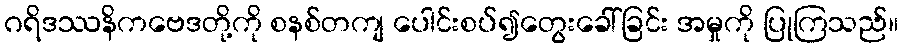
ဂရိဒဿနိကဗေဒတို့ကို စနစ်တကျ ပေါင်းစပ်၍တွေးခေါ်ခြင်း အမှုကို ပြုကြသည်။